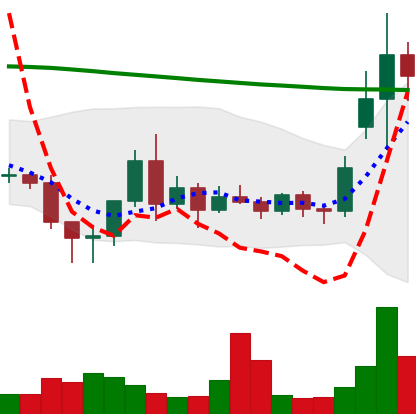
Ticker: ETC-USD
Chart end date: 2020-11-19
Forward return: 22.607%
Label: up_7plus